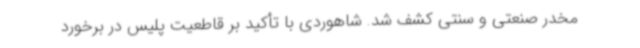
مخدر صنعتی و سنتی کشف شد. شاهوردی با تأکید بر قاطعیت پلیس در برخورد